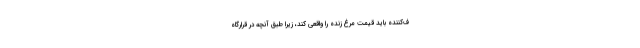
ف‌کننده باید قیمت مرغ زنده را واقعی کند، زیرا طبق آنچه در قرارگاه